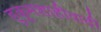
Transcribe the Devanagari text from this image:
हुकूमशाहीवादी